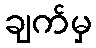
ချက်မှ